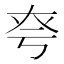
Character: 𡘆